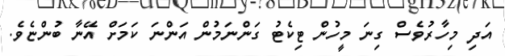
އަދި މިހާރުވެސް ގިނަ މީހުން ޓިކެޓު ގަންނަމުން އަންނަ ކަމަށް އޭނާ ބުންޏެވެ.